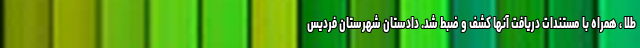
طلا ، همراه با مستندات دریافت آنها کشف و ضبط شد. دادستان شهرستان فردیس